Leprosy in India: report of the Leprosy Commission in India, 1890-91
Year: 1890
Disease focus: Leprosy
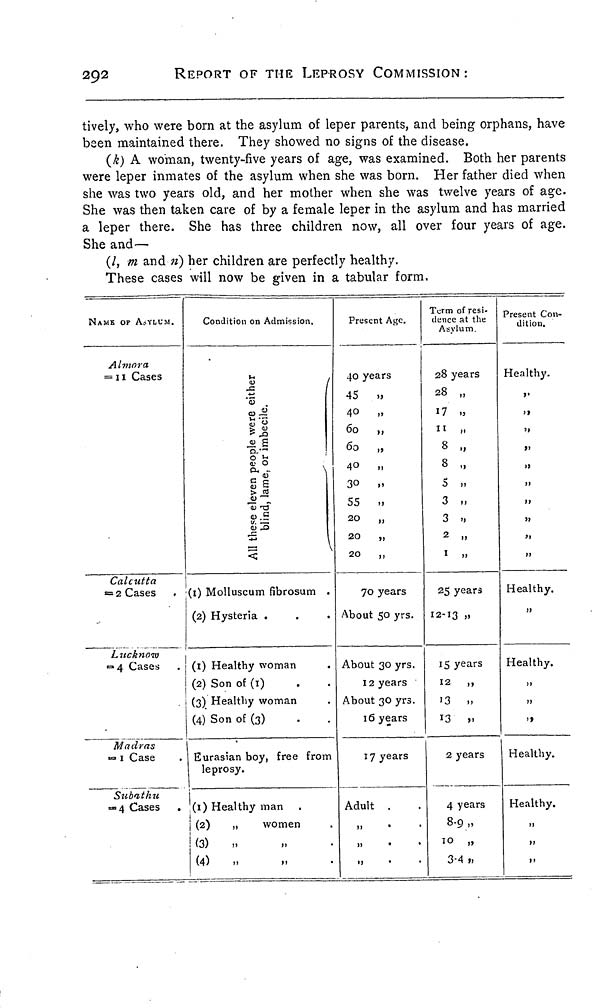
292
REPORT OF THE LEPROSY COMMISSION:
tively, who were born at the asylum of leper parents, and being orphans, have
been maintained there. They showed no signs of the disease.
(k) A woman, twenty-five years of age, was examined. Both her parents
were leper inmates of the asylum when she was born. Her father died when
she was two years old, and her mother when she was twelve years of age.
She was then taken care of by a female leper in the asylum and has married
a leper there. She has three children now, all over four years of age.
She and—
(l, m and n) her children are perfectly healthy.
These cases will now be given in a tabular form.
NAME OF ASYLUM.
Almora
= 11 Cases
Calcutta
= 2 Cases
Lucknow
«=»4 Cases
Madras
= 1 Case
Subathu
«=4 Cases
.
Condition on Admission.
ÎT3
%%
S S
cu -
\
gl
> ni
<u ~~<
(1) Molluscum fibrosum .
(2) Hysteria .
(1) Healthy woman
(2) Son of (i)
(3) Healthy woman
(4) Son of (3)
Eurasian boy, free from
leprosy.
1
(1) Healthy man
1 (2)
„
women
(3)
„
(4)
..
1
Present Age.
40 years
45 »
40 „
60 „
60 „
40
„
30
»
55 ..
20
„
20
„
20
,,
70 years
About 50 yrs.
About 30 yrs.
12 years
About 30 yrs.
16 years
17 years
Adult .
»
•
*
ij
•
•
Term of resi-
dence at the
Asylum
28 years
28 „
17 „
11
,.
8 „
8 „
5 „
3 ,,
3 .,
2 .,
1 ,.
25 years
12-13 „
15 years
12 „
13 ,,
13 >.
2 years
4 years
8-9.»
10 „
3-4 »
Present Con-
dition.
Healthy.
»•
' »
j»
i>
H
i)
>i
a
Healthy.
Healthy.
»
>»
Healthy.
Healthy.
o
>>
H